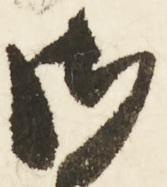
御